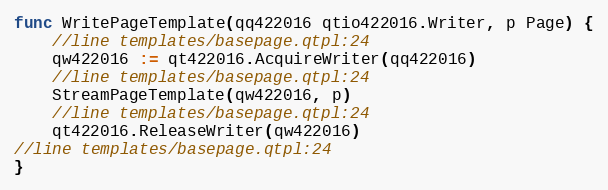
Language: Go
func WritePageTemplate(qq422016 qtio422016.Writer, p Page) {
	//line templates/basepage.qtpl:24
	qw422016 := qt422016.AcquireWriter(qq422016)
	//line templates/basepage.qtpl:24
	StreamPageTemplate(qw422016, p)
	//line templates/basepage.qtpl:24
	qt422016.ReleaseWriter(qw422016)
//line templates/basepage.qtpl:24
}